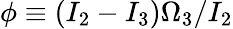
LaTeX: \phi\equiv(I_{2}-I_{3})\Omega_{3}/I_{2}